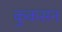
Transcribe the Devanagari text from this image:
कुकसन